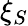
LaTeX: \xi_{S}